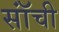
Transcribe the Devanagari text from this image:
सॉंची